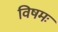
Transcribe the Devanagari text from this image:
विषमः